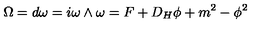
\Omega = d \omega = i \omega \wedge \omega = F + D _ { H } \phi + m ^ { 2 } - \phi ^ { 2 }